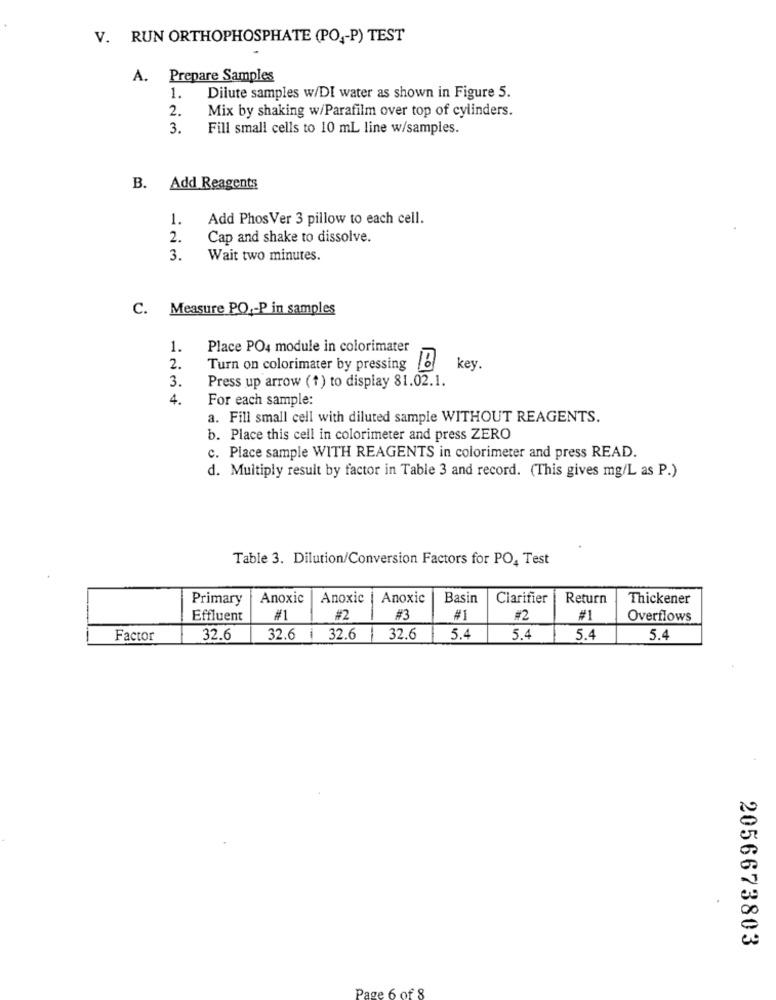
V. RUN ORTHOPHOSPHATE (PO ,- P) TEST
A. Prepare Samples
1.
Dilute samples w/DI water as shown in Figure 5.
2.
Mix by shaking w/Parafilm over top of cylinders.
3.
Fill small cells to 10 mL line w/samples.
B. Add Reagents
1.
Add PhosVer 3 pillow to each cell.
2.
Cap and shake to dissolve.
3.
Wait two minutes.
C. Measure PO ,- P in samples
1.
Place PO4 module in colorimater
2.
Turn on colorimater by pressing b
key.
Press up arrow (1) to display 81.02.1.
3.
4.
For each sample:
a. Fill small cell with diluted sample WITHOUT REAGENTS.
b. Place this cell in colorimeter and press ZERO
c. Place sample WITH REAGENTS in colorimeter and press READ.
d. Multiply result by factor in Table 3 and record. (This gives mg/L as P.)
Table 3. Dilution/Conversion Factors for PO, Test
Primary
Anoxic
Anoxic
Anoxic
Basin
Clarifier
Return
Thickener
Effluent
#1
#2
#3
#1
#2
#1
Overflows
Factor
32.6
32.6 | 32.6
32.6
5.4
5.4
5.4
5.4
2056673803
Page 6 of 8